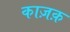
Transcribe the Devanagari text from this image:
काज़क़